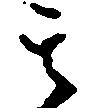
其